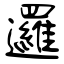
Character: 邏